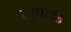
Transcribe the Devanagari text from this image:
टामस्क